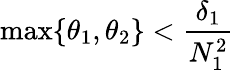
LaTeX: \operatorname*{max}\{ \theta_{1},\theta_{2}\} <\frac{\delta_{1}}{N_{1}^{2}}